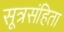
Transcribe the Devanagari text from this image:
सूत्रसंहिता